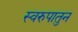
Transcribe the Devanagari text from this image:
स्वरुपातुन